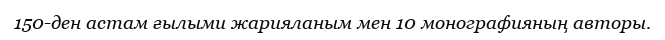
150-ден астам ғылыми жарияланым мен 10 монографияның авторы.